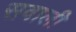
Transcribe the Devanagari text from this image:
सवाली